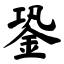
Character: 銎